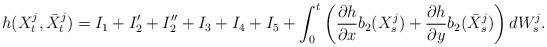
LaTeX: \begin{align*}h(X^j_t,\bar{X}^j_t) = I_1 + I_2' + I_2'' + I_3 + I_4 + I_5 + \int_0^t \left( \frac{\partial h}{\partial x}b_2(X^j_s) + \frac{\partial h}{\partial y}b_2(\bar{X}^j_s)\right)dW^j_s. \end{align*}